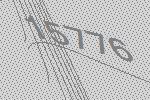
15776